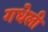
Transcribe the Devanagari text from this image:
गधेली